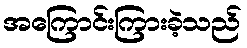
အကြောင်းကြားခဲ့သည်